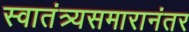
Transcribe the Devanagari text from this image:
स्वातंत्र्यसमारानंतर